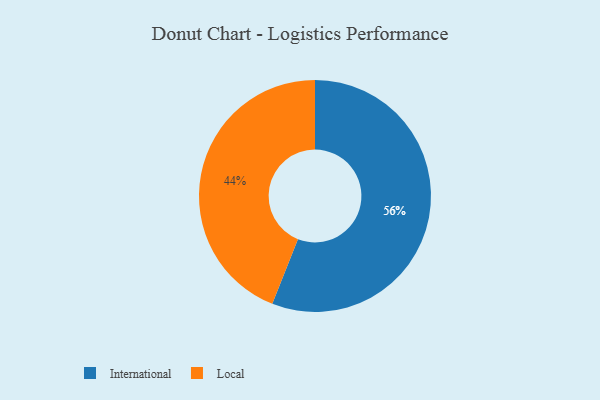
{"axis": {"x": "Category", "y": "Percentage"}, "legend": ["International", "Local"], "data": [{"x": "Local", "y": 44, "type": "Local"}, {"x": "International", "y": 56, "type": "International"}]}